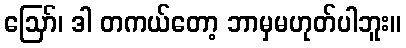
ဪ၊ ဒါ တကယ်တော့ ဘာမှမဟုတ်ပါဘူး။